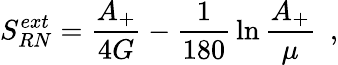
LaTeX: S_{RN}^{ext}={\frac{A_{+}}{4G}}-{\frac{1}{180}}\ln{\frac{A_{+}}{\mu}}~~,